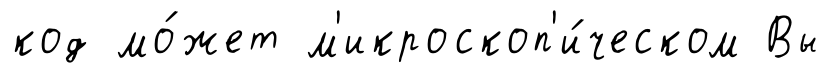
код мо́жет м'икроскоп'и́ческом Вы